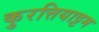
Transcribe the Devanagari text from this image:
कुरत्तियाट्टम